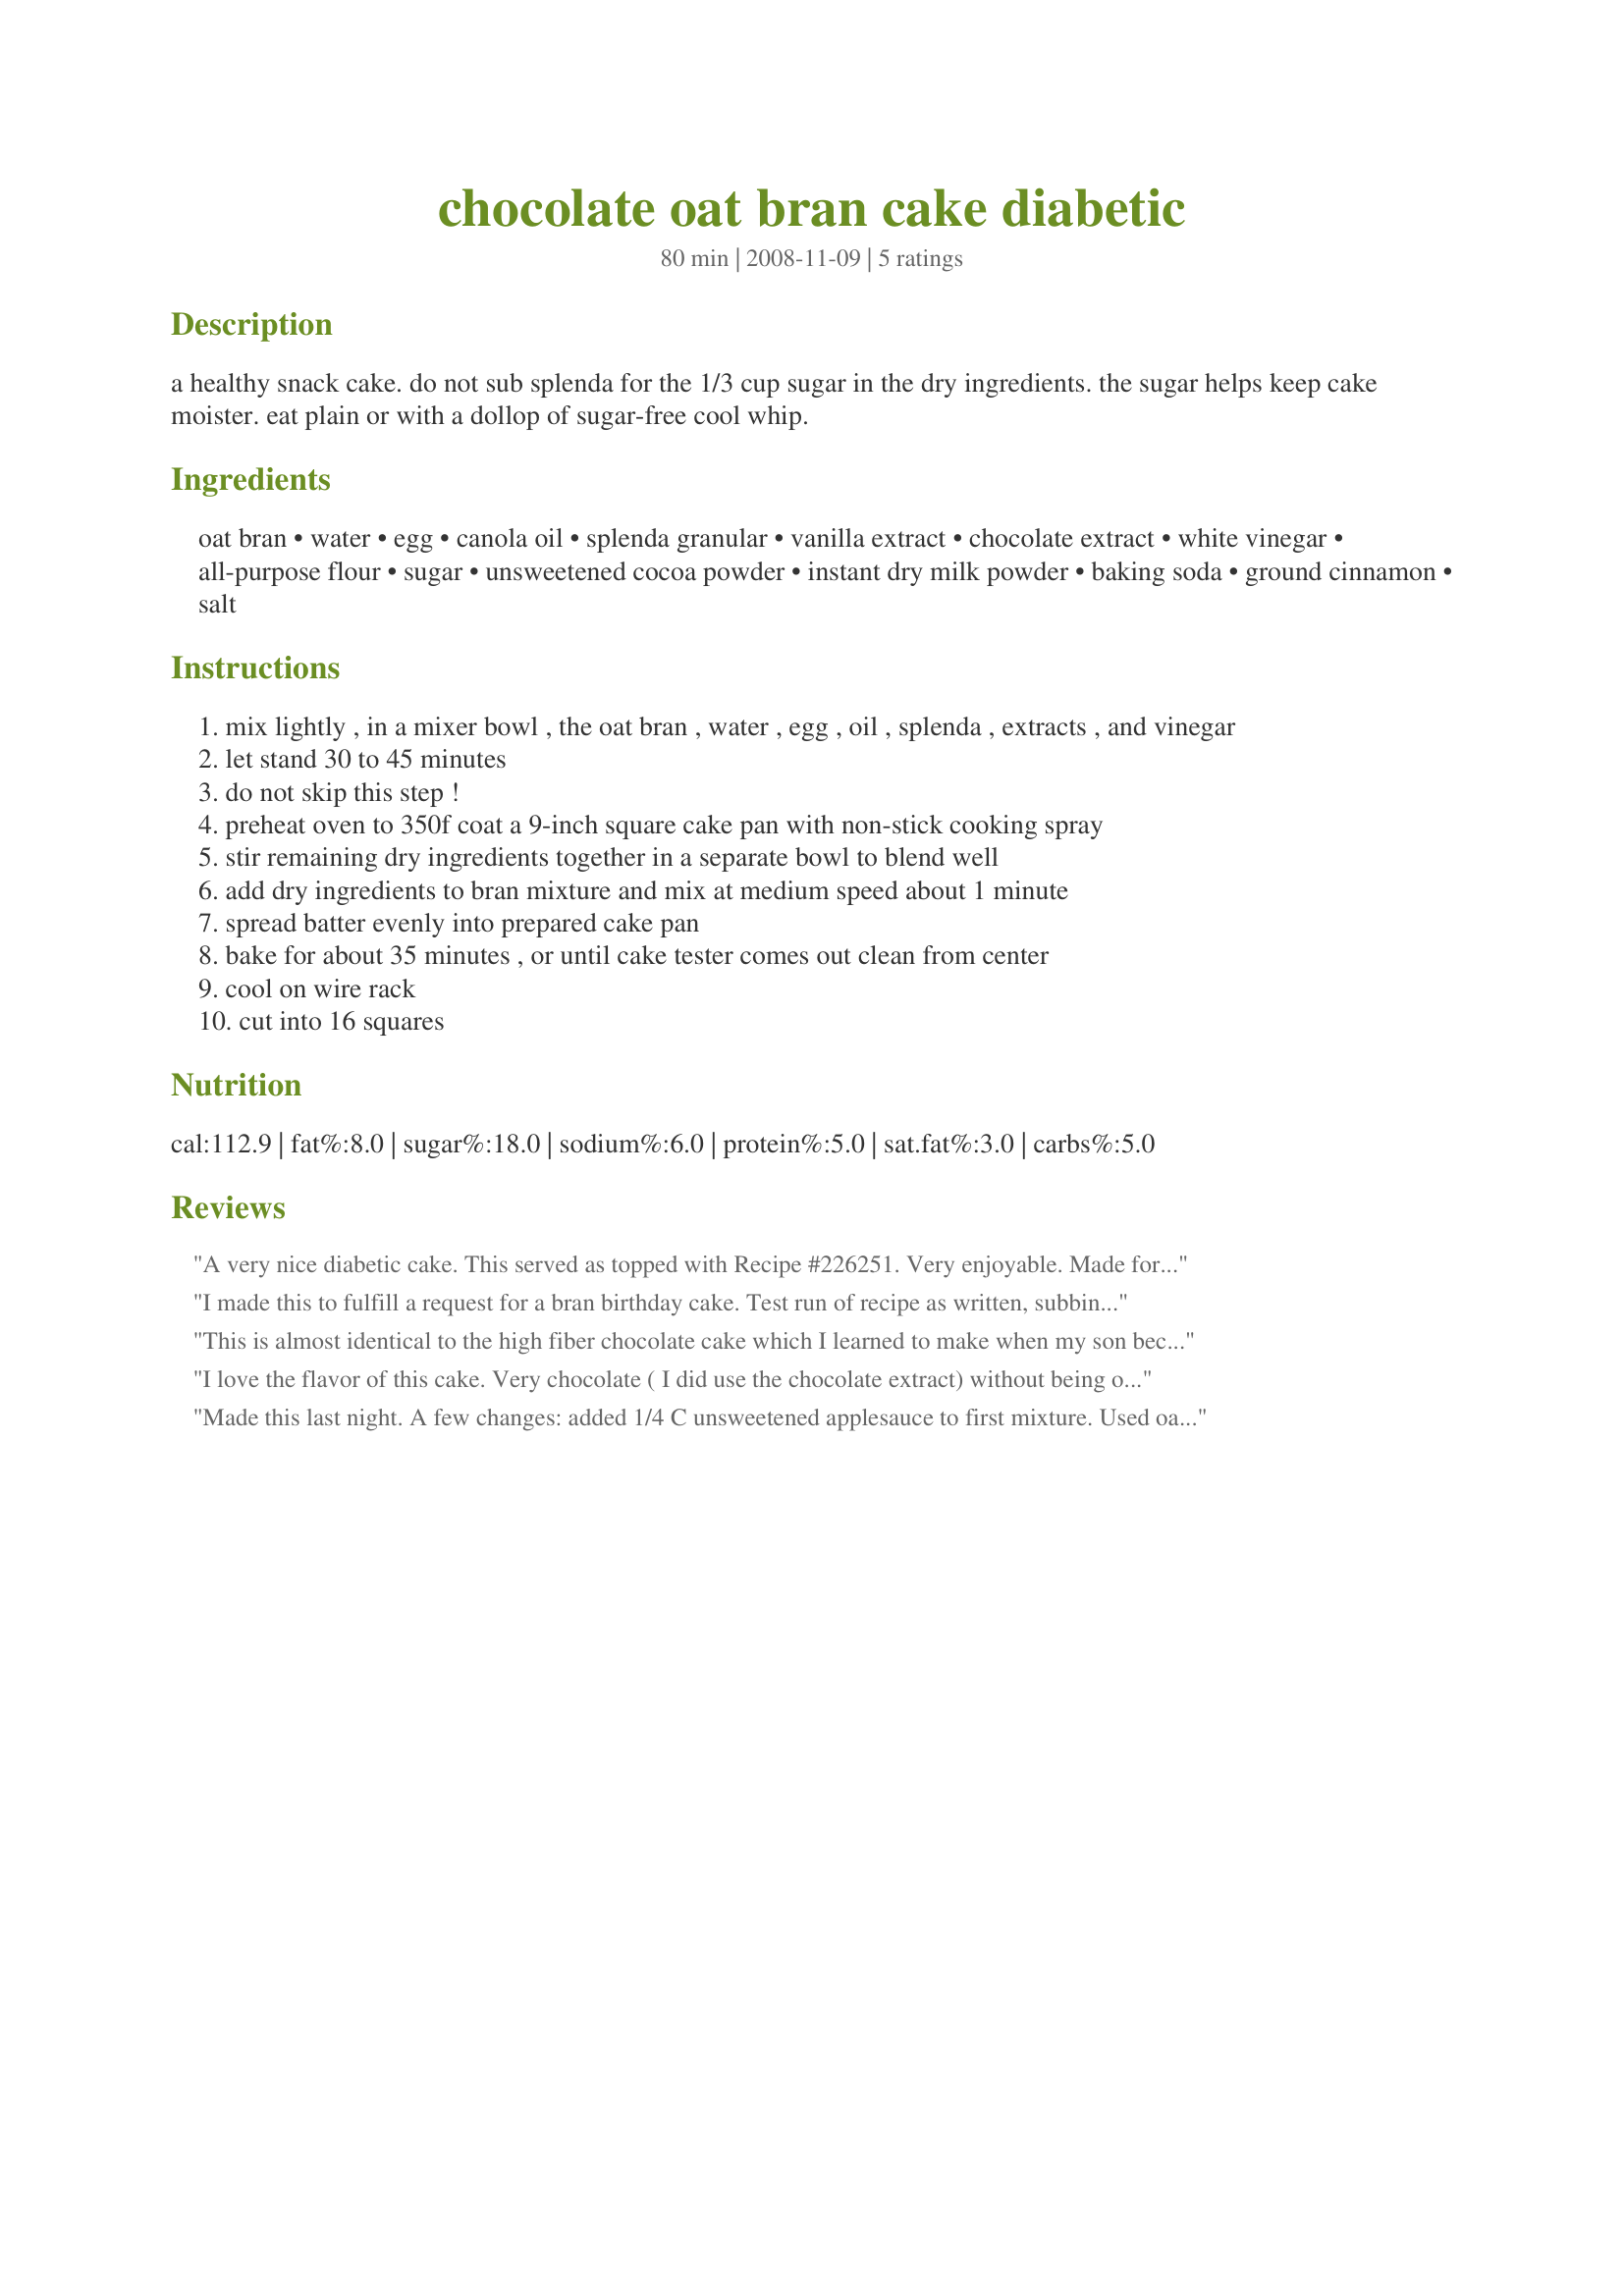
chocolate oat bran cake diabetic
Preparation time: 80 minutes

a healthy snack cake. do not sub splenda for the 1/3 cup sugar in the dry ingredients. the sugar helps keep cake moister. eat plain or with a dollop of sugar-free cool whip.

Ingredients:
oat bran, water, egg, canola oil, splenda granular, vanilla extract, chocolate extract, white vinegar, all-purpose flour, sugar, unsweetened cocoa powder, instant dry milk powder, baking soda, ground cinnamon, salt

Steps:
mix lightly , in a mixer bowl , the oat bran , water , egg , oil , splenda , extracts , and vinegar
let stand 30 to 45 minutes
do not skip this step !
preheat oven to 350f coat a 9-inch square cake pan with non-stick cooking spray
stir remaining dry ingredients together in a separate bowl to blend well
add dry ingredients to bran mixture and mix at medium speed about 1 minute
spread batter evenly into prepared cake pan
bake for about 35 minutes , or until cake tester comes out clean from center
cool on wire rack
cut into 16 squares

Reviews:
A very nice diabetic cake. This served as topped with Recipe #226251. Very enjoyable. Made for *Potluck Tag*
I made this to fulfill a request for a bran birthday cake. Test run of recipe as written, subbing sugar for splenda (using 2/3 cup sugar total) as diabetes is not a concern and splenda is pricey, and using whole-wheat flour. As is, the cake was incredibly dry, but still tasty. Good for snacking or breakfast but not dessert-like. For the official birthday cake, I again used all sugar, adding an additional 1/3 cup for one cup total, used half all-purpose and half whole wheat flour, and added an additional egg and 1/3 cup more oil. Frosted with cream cheese frosting, sprinkled with walnuts and sliced almonds. It was amazing! Seriously, one of the moistest, yummiest chocolate cakes ever. When I make it again I will only use 2/3 c sugar, the addition was unnecessary.
This is almost identical to the high fiber chocolate cake which I learned to make when my son became diabetic 20 years ago. That recipe calls for 1 cup of 100% bran cereal instead of oat bran, and lemon juice instead of vinegar. I like this version better using oat bran, which seems to be more moist, so I am delighted to have found this variation, a great snack cake for anyone to enjoy. I plan on making it again today, but as 12 cupcakes, baked at 375F for about 15 to 20 minutes.
UPDATE: I made this recipe today as cupcakes, omitting the sugar and Splenda, and substituting 1/3 cup of Splenda Brown Sugar Baking Blend for both, used spelt flour (and added an extra 1/4 tsp of baking soda and an extra 1 tablespoon of water to compensate for using the whole grain). Amazingly, these turned out well, baking for 20 minutes in my oven. My husband had one for breakfast, reasoning that with negligible sugar, and such high fiber, they qualified as cereal, and you know, I believe he is right.
I iced the rest using recipe#87058, substituting Equal for the sugar.
I love the flavor of this cake. Very chocolate ( I did use the chocolate extract) without being over sweet. It baked up so light and airy that it could have floated above the plate. The only downside is that it was very crumbly and difficult to keep on the fork. I'm sure that's because of the really low fat (I even used egg white only to remove the cholesterol and fat that comes with the yolk - my change so I'm not blaming the recipe at all) and I'll happily deal with it. I topped mine with a wee squiggle of Cool Whip Light and spiced Splenda. Thanks Mike for a real keeper :D.
Made this last night. A few changes: added 1/4 C unsweetened applesauce to first mixture. Used oat flour instead of whole wheat. Melted 2 tsp chocolate chips in lieu of chocolate extract which I do not have. Very moist and yummy. Will add finely chopped walnuts next time
